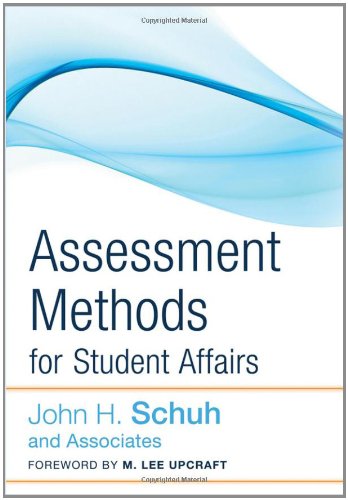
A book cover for Assessment Methods for Student Affairs; John H. Schuh and Associates; Education & Teaching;